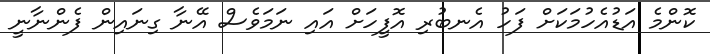
ކޮންމެ އަޑުއެހުމަކަށް ފަހު އެނބުރި އޮފީހަށް އައި ނަމަވެސް އޭނާ ގިނައިން ފެންނާނީ